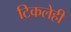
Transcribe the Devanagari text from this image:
टिकलेही